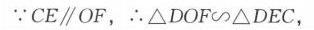
\(\because CE\parallel OF\)，\(\therefore\triangle DOF\sim\triangle DEC\)，